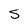
Character: S